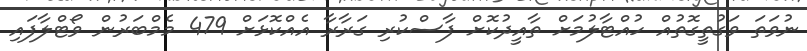
ނުވަތަ ވަގުތީގޮތުއް ހުއްޓާލުމަށް ތާއީދުކޮށް ފާސްކުރި ގަރާރާ އެއްކޮޅަށް 479 މެމްބަރުން ވޯޓްލާފައި